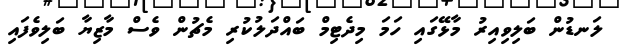
ލަނޑުން ބަލިވިއިރު މާޅޭގައި ހަމަ މިދެޓިމް ބައްދަލުކުރި މެޗުން ވެސް މާޒިޔާ ބަލިވެފައި